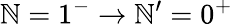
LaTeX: \mathbb{N}=1^{-}\rightarrow\mathbb{N}^{\prime}=0^{+}